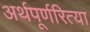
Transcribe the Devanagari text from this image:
अर्थपूर्णरित्या